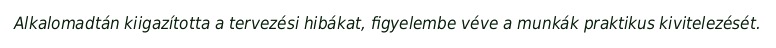
Alkalomadtán kiigazította a tervezési hibákat, figyelembe véve a munkák praktikus kivitelezését.